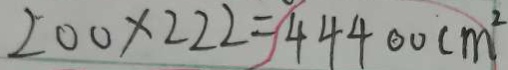
2 0 0 \times 2 2 2 = 4 4 4 0 0 c m ^ { 2 }